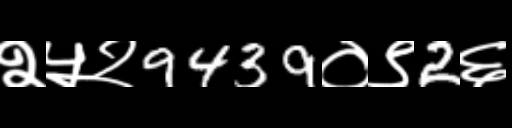
Text: २५२9439०९2६